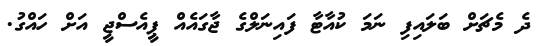
ދެ މެޗަށް ބަލައިފި ނަމަ ކުއާޓާ ފައިނަލްގެ ޖާގައެއް ޕީއެސްޖީ އަށް ހައްގު.